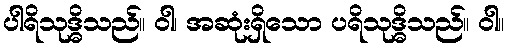
ပါရိသုဒ္ဓိသည်။ ဝါ၊ အဆုံးရှိသော ပရိသုဒ္ဓိသည်။ ဝါ။